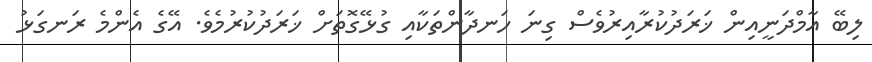
ލިބޭ އާމްދަނީއިން ޚަރަދުކުރާއިރުވެސް ގިނަ ހަނދާންތަކާއި ގުޅޭގޮތަށް ޚަރަދުކުރުމެވެ. އޭގެ އެންމެ ރަނގަޅު